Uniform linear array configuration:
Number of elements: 32
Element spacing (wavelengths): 1
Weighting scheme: kaiser
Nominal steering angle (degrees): -15
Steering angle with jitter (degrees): -15.273
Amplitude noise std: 0.05
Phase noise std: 0.05

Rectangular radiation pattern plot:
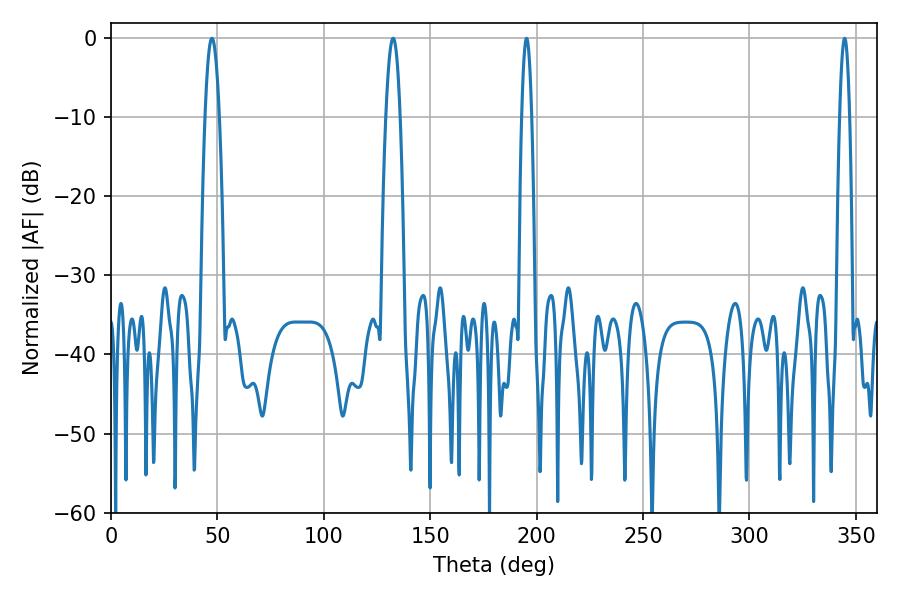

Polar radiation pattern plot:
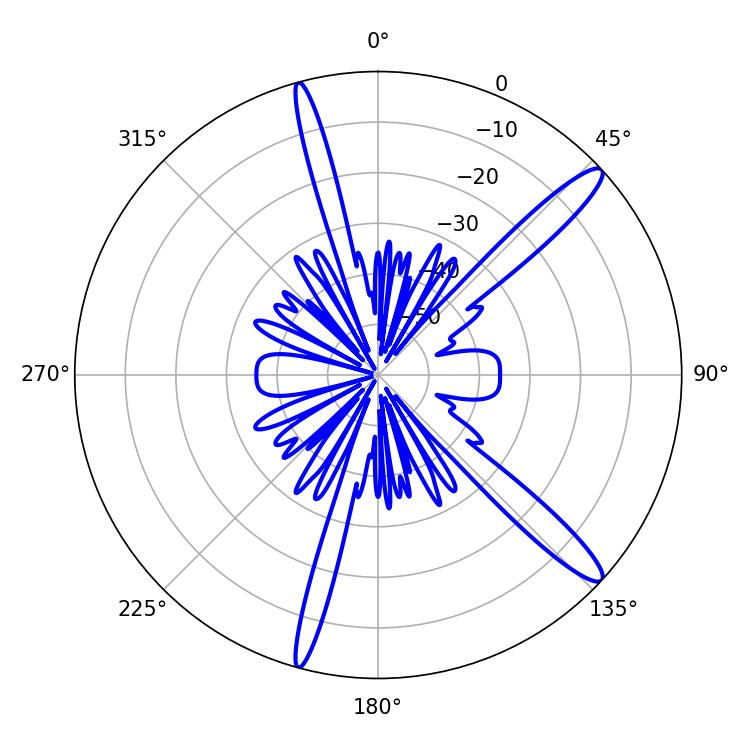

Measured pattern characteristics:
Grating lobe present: TRUE
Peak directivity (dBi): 14.117
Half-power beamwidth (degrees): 2.52
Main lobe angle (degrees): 344.7